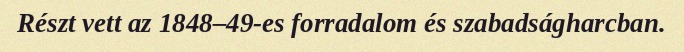
Részt vett az 1848–49-es forradalom és szabadságharcban.